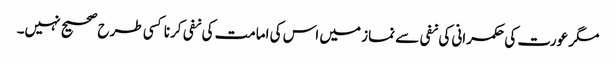
مگر عورت کی حکمرانی کی نفی سے نماز میں اس کی امامت کی نفی کرنا کسی طرح صحیح نہیں۔